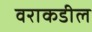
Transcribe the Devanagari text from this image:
वराकडील